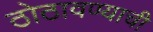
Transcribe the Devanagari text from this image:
ठोठावण्याची